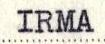
IRMA